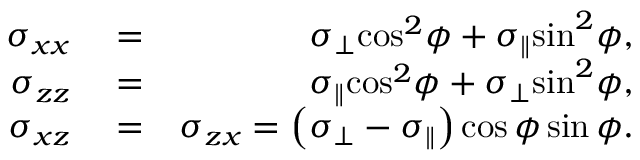
\begin{array} { r l r } { { \sigma _ { x x } } } & { { } = } & { { \sigma _ { \perp } } { \cos ^ { 2 } } \phi + { \sigma _ { \parallel } } { \sin ^ { 2 } } \phi , } \\ { { \sigma _ { z z } } } & { { } = } & { { \sigma _ { \parallel } } { \cos ^ { 2 } } \phi + { \sigma _ { \perp } } { \sin ^ { 2 } } \phi , } \\ { { \sigma _ { x z } } } & { { } = } & { { \sigma _ { z x } } = \left( { { \sigma _ { \perp } } - { \sigma _ { \parallel } } } \right) \cos \phi \sin \phi . } \end{array}